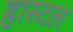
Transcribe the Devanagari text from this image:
हास्‍टल